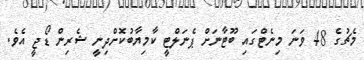
މެޗުގެ 48 ވަނަ މިނެޓްގައި ބޫޓާނަށް ޕެނަލްޓީ ކާމިޔާބުކޮށްދިނީ ޝެރިން ޑޯޖީ އެވެ.